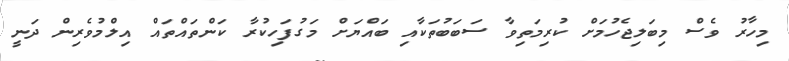
މިހާރު ވެސް މިބަލިޖެހުމަށް ކުރިމަތިވާ ސަބަބުތަކާއި ބައްޔަށް މަގުފަހިކުރާ ކަންތައްތައް އިލްމުވެރިން ދަނީ